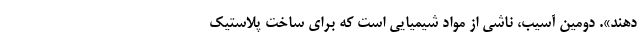
دهند». دومین آسیب، ناشی از مواد شیمیایی است که برای ساخت پلاستیک